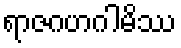
ရာဇဂဟဂါမိဿ